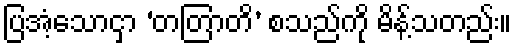
ပြအံ့သောငှာ ‘တတြာတိ’ စသည်ကို မိန့်သတည်း။